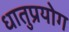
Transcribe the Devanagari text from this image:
धातुप्रयोग